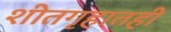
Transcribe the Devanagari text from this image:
शीतगृहातही